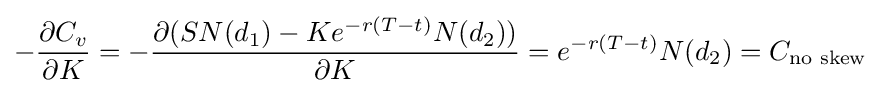
-{\frac {\partial C_{v}}{\partial K}}=-{\frac {\partial (SN(d_{1})-Ke^{-r(T-t)}N(d_{2}))}{\partial K}}=e^{-r(T-t)}N(d_{2})=C_{\text{no skew}}